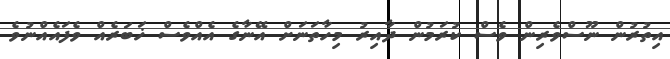
އިތުރުން ނޫސްވެރިން ވެސް ކުރަމުން ދާއިރު މިހާތަނަށް އޭނާގެ އެއްވެސް ޚަބަރެއް ވެފައެއްނުވެ